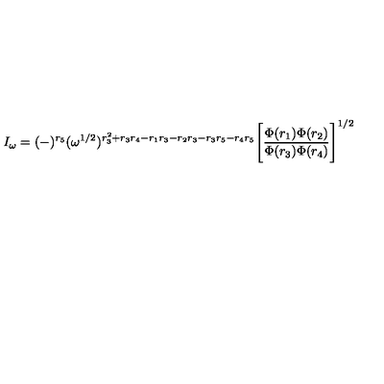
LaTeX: I _ { \omega } = ( - ) ^ { r _ { 5 } } ( \omega ^ { 1 / 2 } ) ^ { r _ { 3 } ^ { 2 } + r _ { 3 } r _ { 4 } - r _ { 1 } r _ { 3 } - r _ { 2 } r _ { 3 } - r _ { 3 } r _ { 5 } - r _ { 4 } r _ { 5 } } \Bigg [ \frac { \Phi ( r _ { 1 } ) \Phi ( r _ { 2 } ) } { \Phi ( r _ { 3 } ) \Phi ( r _ { 4 } ) } \Bigg ] ^ { 1 / 2 }